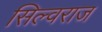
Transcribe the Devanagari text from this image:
सिल्वराज